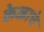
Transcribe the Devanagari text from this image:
केळाचे